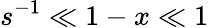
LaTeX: s^{-1}\ll 1-x\ll 1